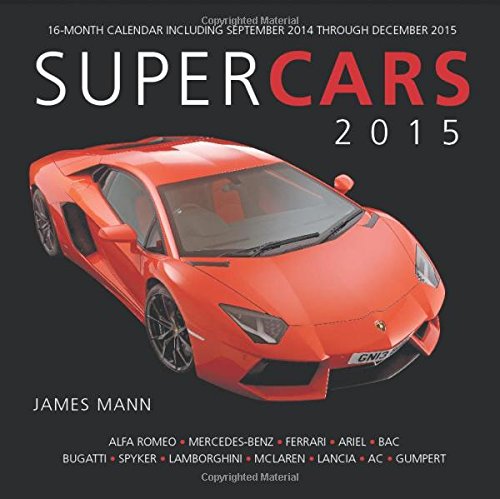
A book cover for Supercars 2015: 16-Month Calendar including September 2014 through December 2015; Calendars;